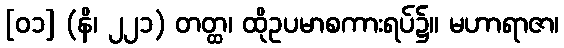
[၀၁] (နိ၊ ၂၂၁) တတ္ထ၊ ထိုဥပမာစကားရပ်၌။ မဟာရာဇာ၊